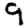
Digit: 9